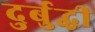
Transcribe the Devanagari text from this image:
दुर्बुद्धी